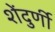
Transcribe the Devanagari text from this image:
शेंदुर्णी